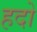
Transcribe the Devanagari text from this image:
हदो